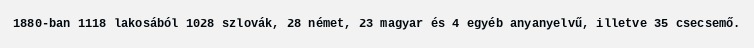
1880-ban 1118 lakosából 1028 szlovák, 28 német, 23 magyar és 4 egyéb anyanyelvű, illetve 35 csecsemő.